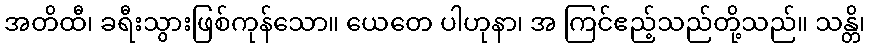
အတိထီ၊ ခရီးသွားဖြစ်ကုန်သော။ ယေတေ ပါဟုနာ၊ အ ကြင်ဧည့်သည်တို့သည်။ သန္တိ၊